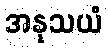
အနုသယံ